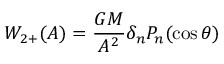
{ \cal { W } } _ { 2 + } ( A ) = { \frac { G M } { A ^ { 2 } } } \delta _ { n } P _ { n } ( \cos \theta )